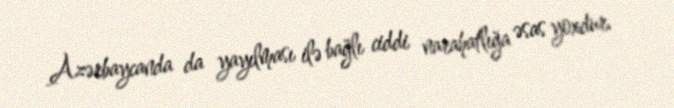
Azərbaycanda da yayılması ilə bağlı ciddi narahatlığa əsas yoxdur.